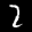
Label: 2